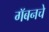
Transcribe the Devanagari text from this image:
गॅबनचे